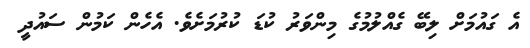
އެ ގައުމަށް ލިބޭ ގެއްލުމުގެ މިންވަރު ކުޑަ ކުރުމަށެވެ. އެހެން ކަމުން ސައުދީ